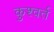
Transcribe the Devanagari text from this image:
कुश्वर्त